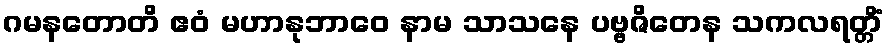
ဂမနတောတိ ဧဝံ မဟာနုဘာဝေ နာမ သာသနေ ပဗ္ဗဇိတေန သကလရတ္တိံ